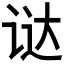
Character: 𬣵